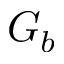
G _ { b }